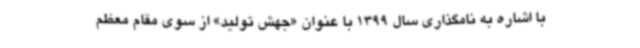
با اشاره به نامگذاری سال 1399 با عنوان «جهش تولید» از سوی مقام معظم